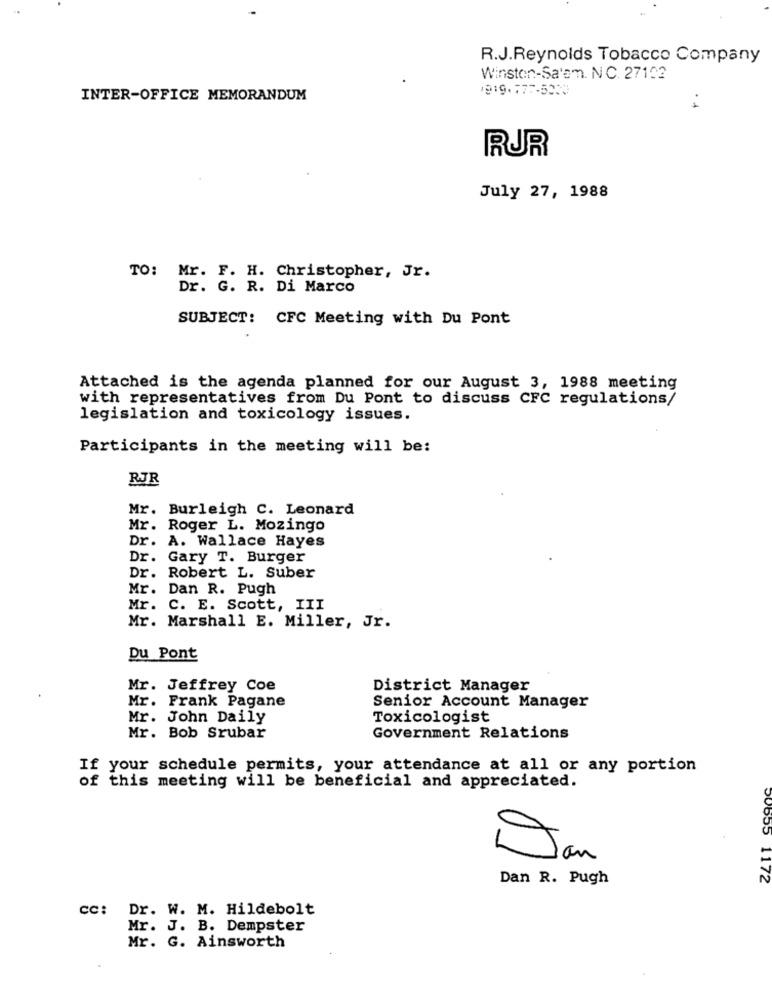
R.J.Reynolds Tobacco Company
Winston-Salem. N C. 27102
INTER-OFFICE MEMORANDUM
RUR
July 27, 1988
TO: Mr. F. H. Christopher, Jr.
Dr. G. R. Di Marco
SUBJECT: CFC Meeting with Du Pont
Attached is the agenda planned for our August 3, 1988 meeting
with representatives from Du Pont to discuss CFC regulations/
legislation and toxicology issues.
Participants in the meeting will be:
RJR
Mr. Burleigh C. Leonard
Mr. Roger L. Mozingo
Dr. A. Wallace Hayes
Dr. Gary T. Burger
Dr. Robert L. Suber
Mr. Dan R. Pugh
Mr. C. E. Scott, III
Mr. Marshall E. Miller, Jr.
Du Pont
Mr. Jeffrey Coe
District Manager
Mr. Frank Pagane
Senior Account Manager
Mr. John Daily
Toxicologist
Mr. Bob Srubar
Government Relations
If your schedule permits, your attendance at all or any portion
of this meeting will be beneficial and appreciated.
Jan
Dan R. Pugh
50055 1172
cc: Dr. W. M. Hildebolt
Mr. J. B. Dempster
Mr. G. Ainsworth